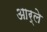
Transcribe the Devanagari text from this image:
आर्ले